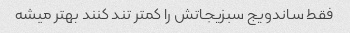
فقط ساندویج سبزیجاتش را کمتر تند کنند بهتر میشه